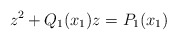
\begin{align*} z^2+ Q_1(x_1)z=P_1(x_1) \end{align*}